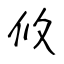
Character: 攸